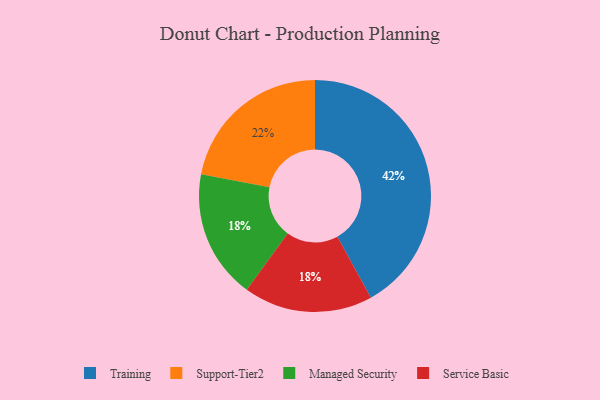
{"axis": {"x": "Category", "y": "Percentage"}, "legend": ["Managed Security", "Service Basic", "Support-Tier2", "Training"], "data": [{"x": "Managed Security", "y": 18, "type": "Managed Security"}, {"x": "Support-Tier2", "y": 22, "type": "Support-Tier2"}, {"x": "Service Basic", "y": 18, "type": "Service Basic"}, {"x": "Training", "y": 42, "type": "Training"}]}